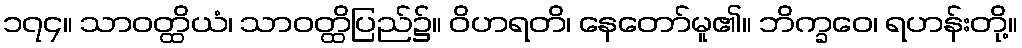
၁၇၄။ သာဝတ္ထိယံ၊ သာဝတ္ထိပြည်၌။ ဝိဟရတိ၊ နေတော်မူ၏။ ဘိက္ခဝေ၊ ရဟန်းတို့။